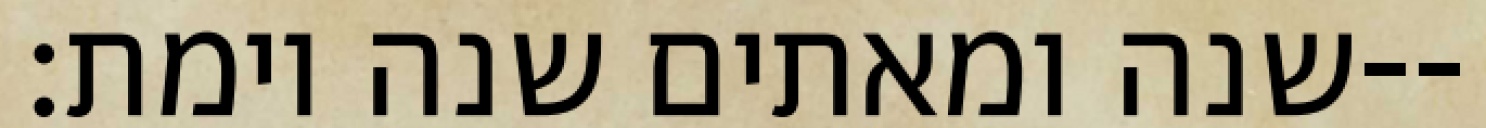
שנה ומאתים שנה וימת׃--